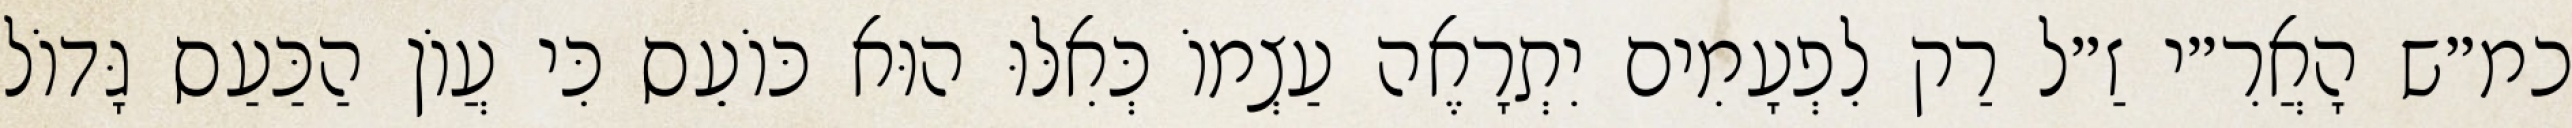
כמ״ש הָאֲרִ״י זַ״ל רַק לִפְעָמִים יִתְרָאֶה עַצְמוֹ כְּאִלּוּ הוּא כּוֹעֵס כִּי עֲוֹן הַכַּעַס גָּדוֹל